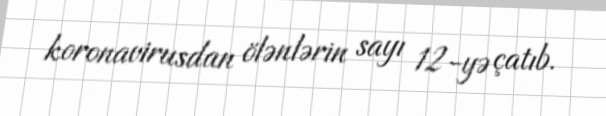
koronavirusdan ölənlərin sayı 12-yə çatıb.